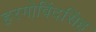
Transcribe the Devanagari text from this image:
हरगोविंदसिंह